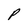
Character: P